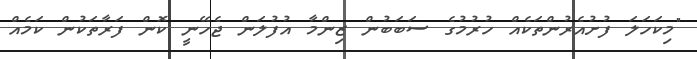
"މިކަހަލަ ފުށުއެރުންތަކެއް ހުރުމުގެ ސަބަބުން ޒިންމާ އުފުލަން ޖެހޭނީ ކޮން ފަރާތަކުން ކަމެއް